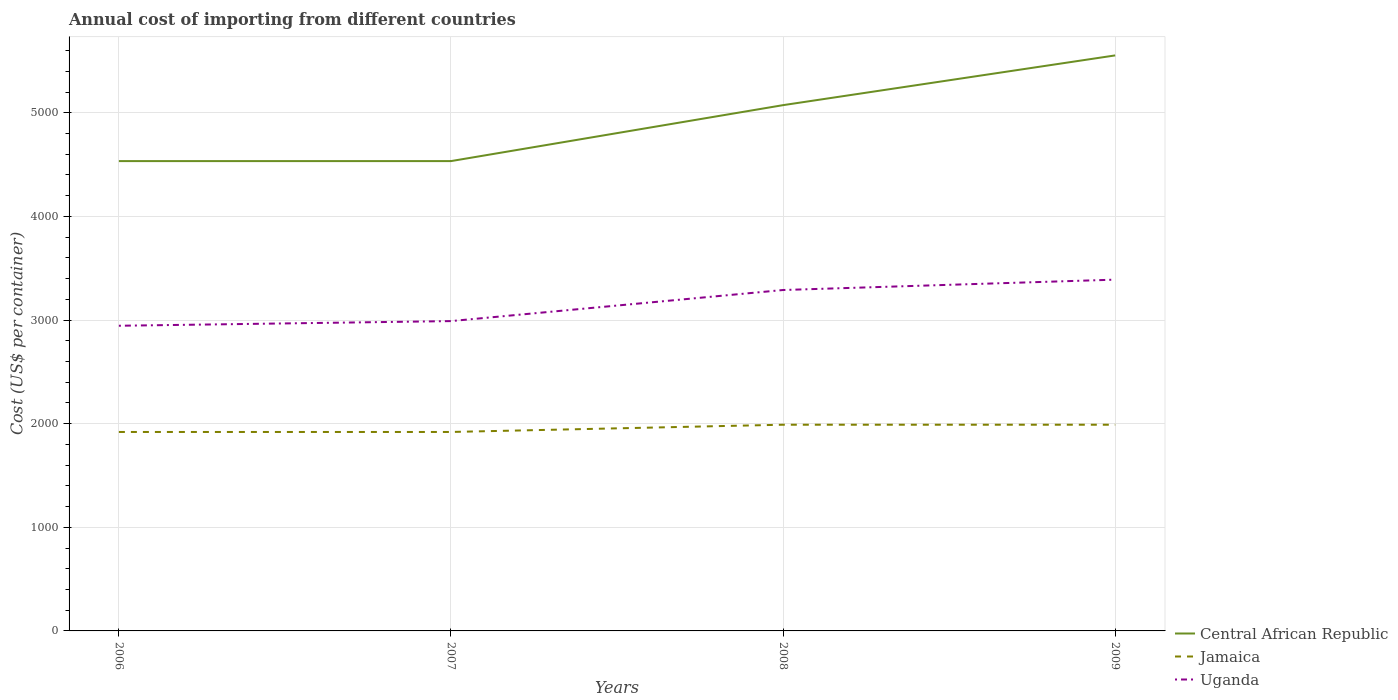
| Years | Central African Republic | Jamaica | Uganda |
 | --- | --- | --- | --- |
 | 2006 | 4.53e+03 | 1.92e+03 | 2.94e+03 |
 | 2007 | 4.53e+03 | 1.92e+03 | 2.99e+03 |
 | 2008 | 5.07e+03 | 1.99e+03 | 3.29e+03 |
 | 2009 | 5.55e+03 | 1.99e+03 | 3.39e+03 |